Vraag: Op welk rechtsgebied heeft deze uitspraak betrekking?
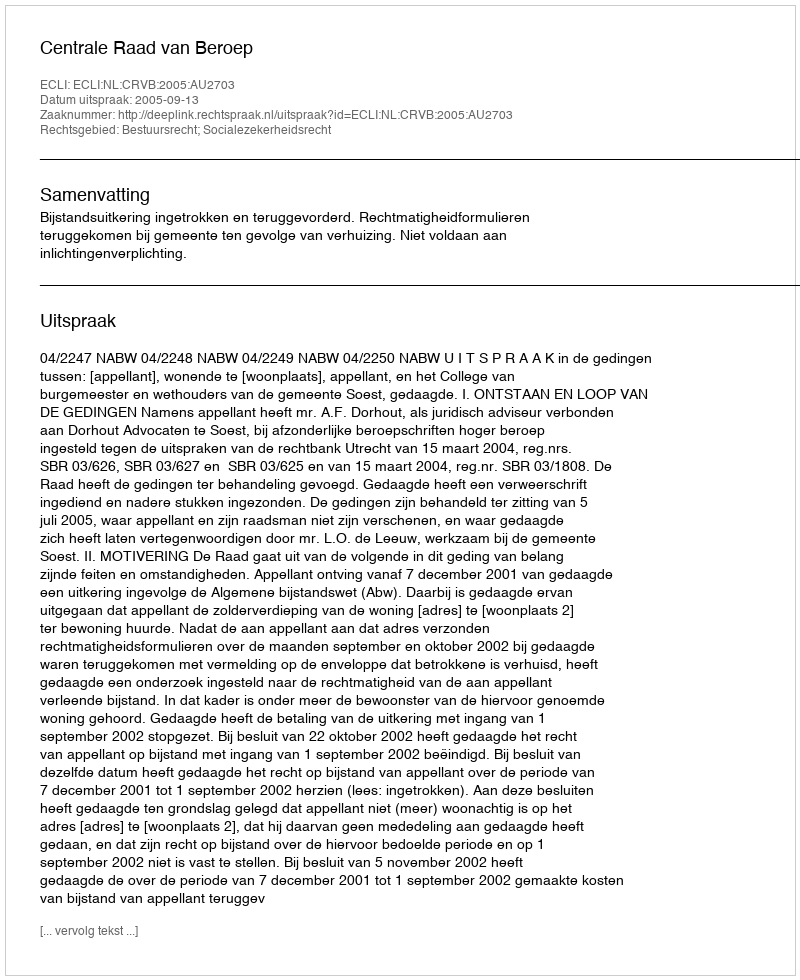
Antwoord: Bestuursrecht; Socialezekerheidsrecht